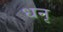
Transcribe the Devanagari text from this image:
धनृ